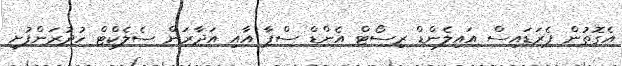
އެގޮތުން ޕެރަޑައިސް އައިލެންޑް ރިސޯޓް އެންޑް ސްޕާ އާއި އަދާރަން ސެލެކްޓް ހުދުރަންފުށި